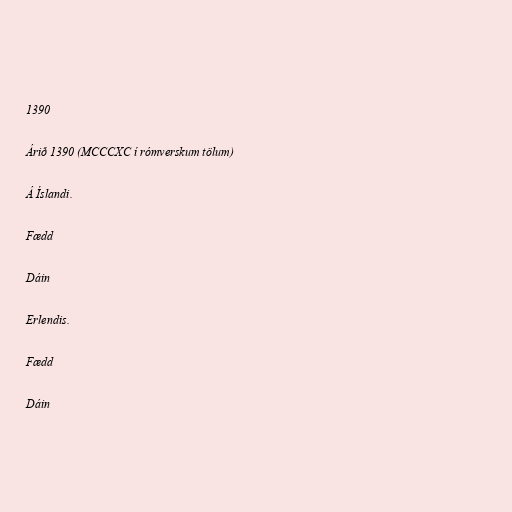
1390

Árið 1390 (MCCCXC í rómverskum tölum)

Á Íslandi.

Fædd

Dáin

Erlendis.

Fædd

Dáin